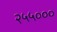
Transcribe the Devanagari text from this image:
२५५०००